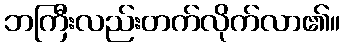
ဘကြီးလည်းတက်လိုက်လာ၏။